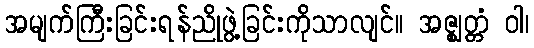
အမျက်ကြီးခြင်းရန်ညိုဖွဲ့ခြင်းကိုသာလျင်။ အဇ္ဈတ္တံ ဝါ၊